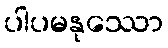
ပါပမနုဿော